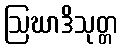
ဩဃာဒိသုတ္တ